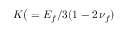
K \big ( = { E _ { f } } / { 3 ( 1 - 2 \, \nu _ { f } ) }